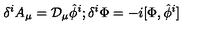
\delta ^ { i } A _ { \mu } = { \cal D } _ { \mu } \hat { \phi } ^ { i } ; \delta ^ { i } \Phi = - i [ \Phi , \hat { \phi } ^ { i } ]